Medical and sanitary report of the native army of Bengal for the year
Year: 1878
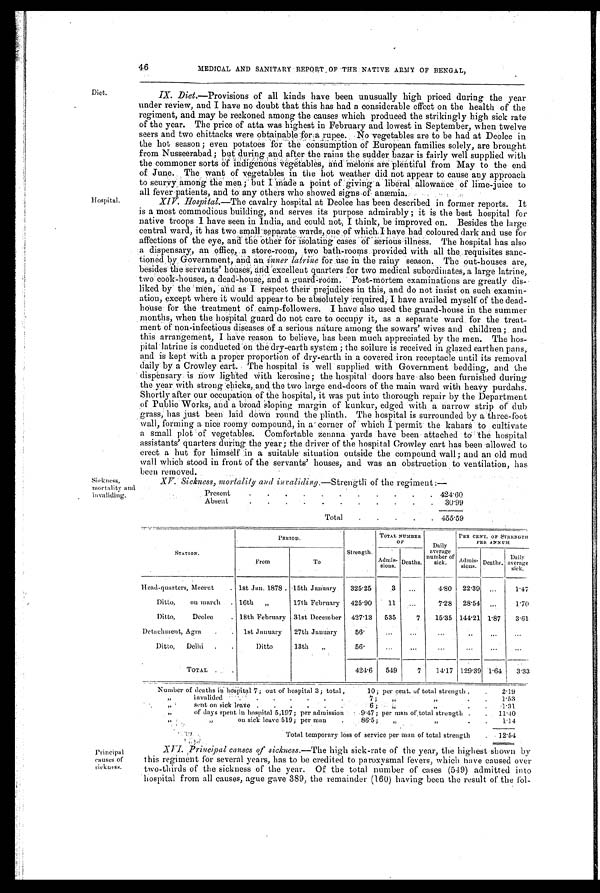
Diet.
Hospital.
Sickness,
mortality and invalid
i n g .
46
MEDICAL AND SANITARY REPORT OF THE NATIVE ARMY OF BENGAL,
IX. Diet.—Provisions of all kinds have been unusually high priced during the year
under review, and I have no doubt that this has had a considerable effect on the health of the
regiment, and may be reckoned among the causes which produced the strikingly high sick rate
of the year. The price of atta was highest in February and lowest in September, when twelve
seers and two chittacks were obtainable for a rupee. No vegetables are to be had at Deolee in
the hot season ; even potatoes for the consumption of European families solely, are brought
from Nusseerabad; but during and after the rains the sudder bazar is fairly well supplied with
the commoner sorts a indigenous Vegetables, and
melons are plentiful from May to the end
of June. The want of vegetables in the hot weather did not appear to cause any approach
to scurvy among the men; but I Made a point of giving a liberal allowance of lime-juice to
all fever patients, and to any others who showed signs-of anæmia.
XIV. Hospital.—The cavalry hospital at Deolee has been described in former reports. It
is a most commodious building, and serves its purpose admirably ; it is the best hospital for
native troops I have seen in India, and could not, I think, be improved on. Besides the large
central ward, it has two s
mall separate wards,one of which I have had coloured dark and use for
affections of the eye, and the other for isolating cases of serious illness. The hospital has also
a dispensary, an office, a store-room, two bathrooms provided with all the requisites san
c-
tioned by Government, and an inner latrine for use in the rainy season. The out-houses are,
besides the servants' houses, and excellent quarters for two medical subordinates, a large latrine,
two cook-houses, a dead-house, and a guard-room. Post-mortem examinations are greatly dis
-liked by the men, and as I respect their prejudices in this, and do not insist on such examin
-
ation, except where it would appear to be absolutely required, I have availed myself of the dead-
house for the treatment of camp-followers. I have also used the guard-house in the summer
mouths, when the hospital guard do not care to occupy it, as a separate ward for the treat
-
ment of non-infectious diseases of a serious nature among the sowars' wives and children; and
this arrangement, I have reason to believe, has been much appreciated by the men. The hos
-
pital latrine is conducted on the dry-earth system ; the soilure is received in glazed earthen pans,
and is kept with a proper proportion of dry-earth in a covered iron receptacle until its removal
daily by a Crowley cart. The hospital is well supplied with Government bedding, and the
dispensary is now lighted with kerosine; the hospital doors have also been furnished during
the year with strong chicks, and the two large end-doors of the main ward with heavy purdahs.
Shortly after our occupation of the hospital, it was put into thorough repair by the Department
of Public Works, and a broad sloping margin of kunkur, edged with a narrow strip of' dub
grass, has just been laid down round the plinth. The hospital is surrounded by a three-foot
wall, forming a nice roomy compound, in a corner of which I permit the kahars to cultivate
a small plot of vegetables. Comfortable zenana yards have been attached to the hospital
assistants' quarters during the year; the driver of the hospital Crowley cart has been allowed to
erect a hut for himself in a suitable situation outside the compound wall; and an old mud
wall which stood in front of the servants' houses, and was an obstruction to ventilation, has
been removed.
XV. Sickness, mortality and invaliding. —Strength of the regiment :—
Present
. . . . . .
.
. .
.
. 424.60
Absent
.
.
.
.
.
.
.
.
.
.
. 30.99
Total
.
.
. . . 455.59
STATION.
P E R I O D .
Strength.
TOTAL NUMBER
OF
Daily
average
number of
sick.
PER CENT. OF STRENGTH
PER ANNUM
From
To
Admis-
s i o n s . Deaths.
Admis-
sions. Deaths.
Daily
average sick.
Head-quarters, Meerut
. 1st Jan. 1878 . 15th January 325.25
3 ...
4.80 22.39 ...
1.47
Ditto, on march . 16th „
17th February 425.90
11 ...
7.28 28.54
...
1.70
Ditto, Deolee
. 18th February 31st December 427.13 535
7 15.35 144.21 1.87 3.61
Detachment, Agra . . 1st January 27th January
56.
... ... ...
. . .
... ...
Ditto, Delhi .
Ditto
13th
„
56.
...
...
...
...
...
...
TOTAL
.
424.6 549
7 14.17 129.39 1.64 3.3 3
Number of deaths in hospital 7; out of hospital 3; total,
10; per cent. of total strength .
. 2.19
"
invalided .
. . . . . .
7; ,,
„ .
. 1.53
"
sent on sick leave . . . . . . .
6;
"
,, .
. 1.31
"
of days spent in hospital 5,197; per admission
9.47; per man of total strength .
. 1 1 . 4 0
"
" on sick leave 519; per man .
. 86.5; „
" .
. 1 . 1 4
Total temporary loss of service per man of total strength
12.54
Principal
causes of
sickness.
XVI. Principal causes of sickness.—The high sick-rate of the year, the highest shown by
this regiment for several years, has to be credited to paroxysmal fevers, which have caused over
two-thirds of the sickness of the year. Of the total number of cases (549) admitted into
hospital from all causes, ague gave 389, the remainder (160) having been the result of the fol-